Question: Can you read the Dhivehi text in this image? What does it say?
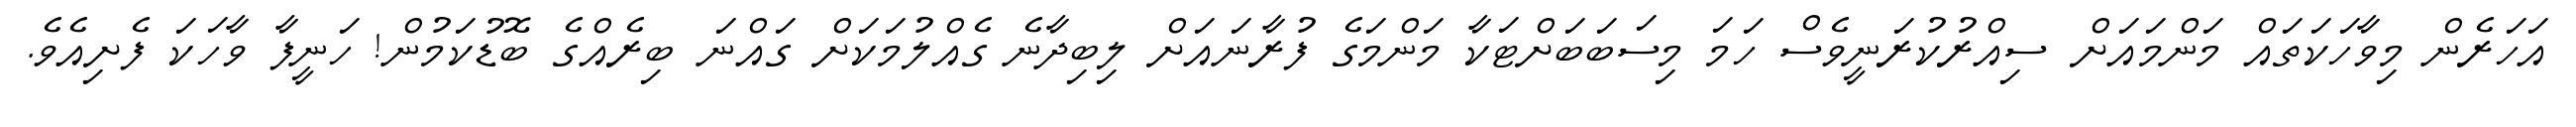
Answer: އަހަރެން މިވާހަކަތައް މަންމައަށް ސިއްރުކުރަނީވެސް ހަމަ މިސަބަބަށްޓަކާ މަންމަގެ ފުރާނައަށް ލިބިދާނެ ގެއްލުމަކަށް ގައްނަ ބިރެއްގެ ބޮޑުކަމުން! ހަނީފާ ވާހަކަ ފެށިއެވެ.